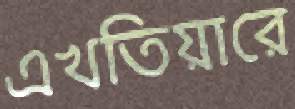
এখতিয়ারে